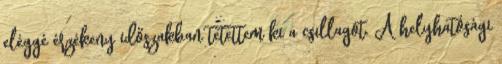
eléggé érzékeny időszakban tetettem ki a csillagot. A helyhatósági